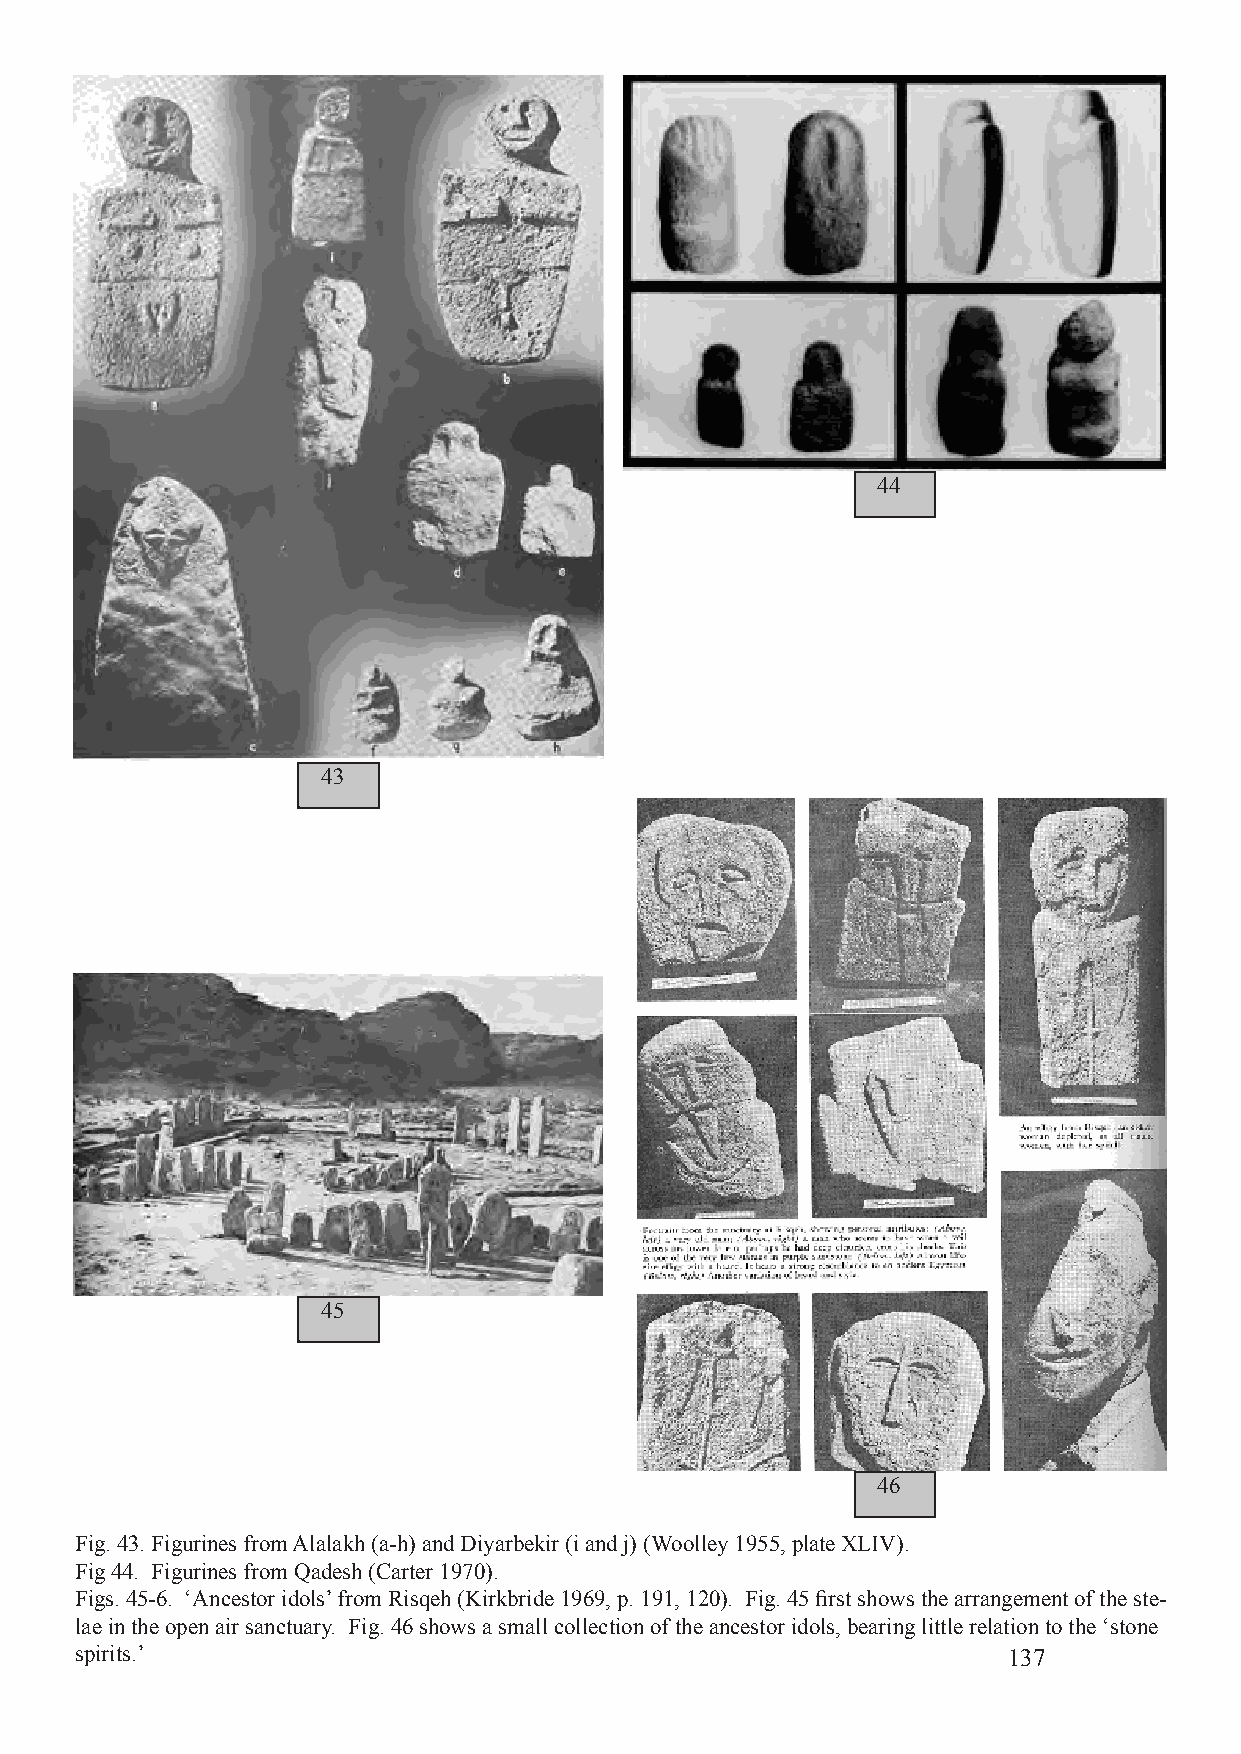
44
 43
 45
 46
 Fig. 43. Figurines from Alalakh (a-h) and Diyarbekir (i and j) (Woolley 1955, plate XLIV).
 Fig 44. Figurines from Qadesh (Carter 1970).
 Figs. 45-6. ‘Ancestor idols’ from Risqeh (Kirkbride 1969, p. 191, 120). Fig. 45 first shows the arrangement of the ste-
 lae in the open air sanctuary. Fig. 46 shows a small collection of the ancestor idols, bearing little relation to the ‘stone
 spirits.’                                                     137